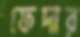
ফেদার